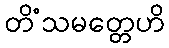
တိံသမတ္တေဟိ